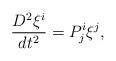
LaTeX: \begin{align*}\frac{D^{2}\xi ^{i}}{dt^{2}}=P_{j}^{i}\xi ^{j}, \end{align*}